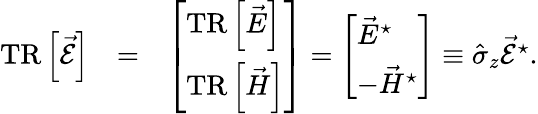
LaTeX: \begin{array}{rlr}{\mathrm{TR}\left\lbrack\vec{\mathcal{E}}\right\rbrack}&{=}&{\left[\begin{array}{l}{\mathrm{TR}\left\lbrack\vec{E}\right\rbrack}\\ {\mathrm{TR}\left\lbrack\vec{H}\right\rbrack}\end{array}\right]=\left[\begin{array}{l}{\vec{E}^{\star}}\\ {-\vec{H}^{\star}}\end{array}\right]\equiv\hat{\sigma}_{z}\vec{\mathcal{E}}^{\star}.}\end{array}